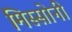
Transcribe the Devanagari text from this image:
मिस्सोनी